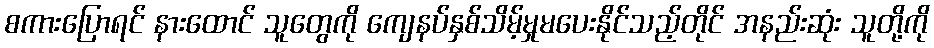
စကားပြောရင် နားထောင် သူတွေကို ကျေနပ်နှစ်သိမ့်မှုမပေးနိုင်သည့်တိုင် အနည်းဆုံး သူတို့ကို